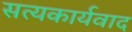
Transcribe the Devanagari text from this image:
सत्यकार्यवाद